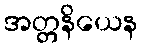
အတ္တနိယေန